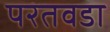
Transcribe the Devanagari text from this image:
परतवडा